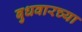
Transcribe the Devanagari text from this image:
बुधवारच्या